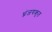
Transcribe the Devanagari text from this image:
ध्नंजयकृत